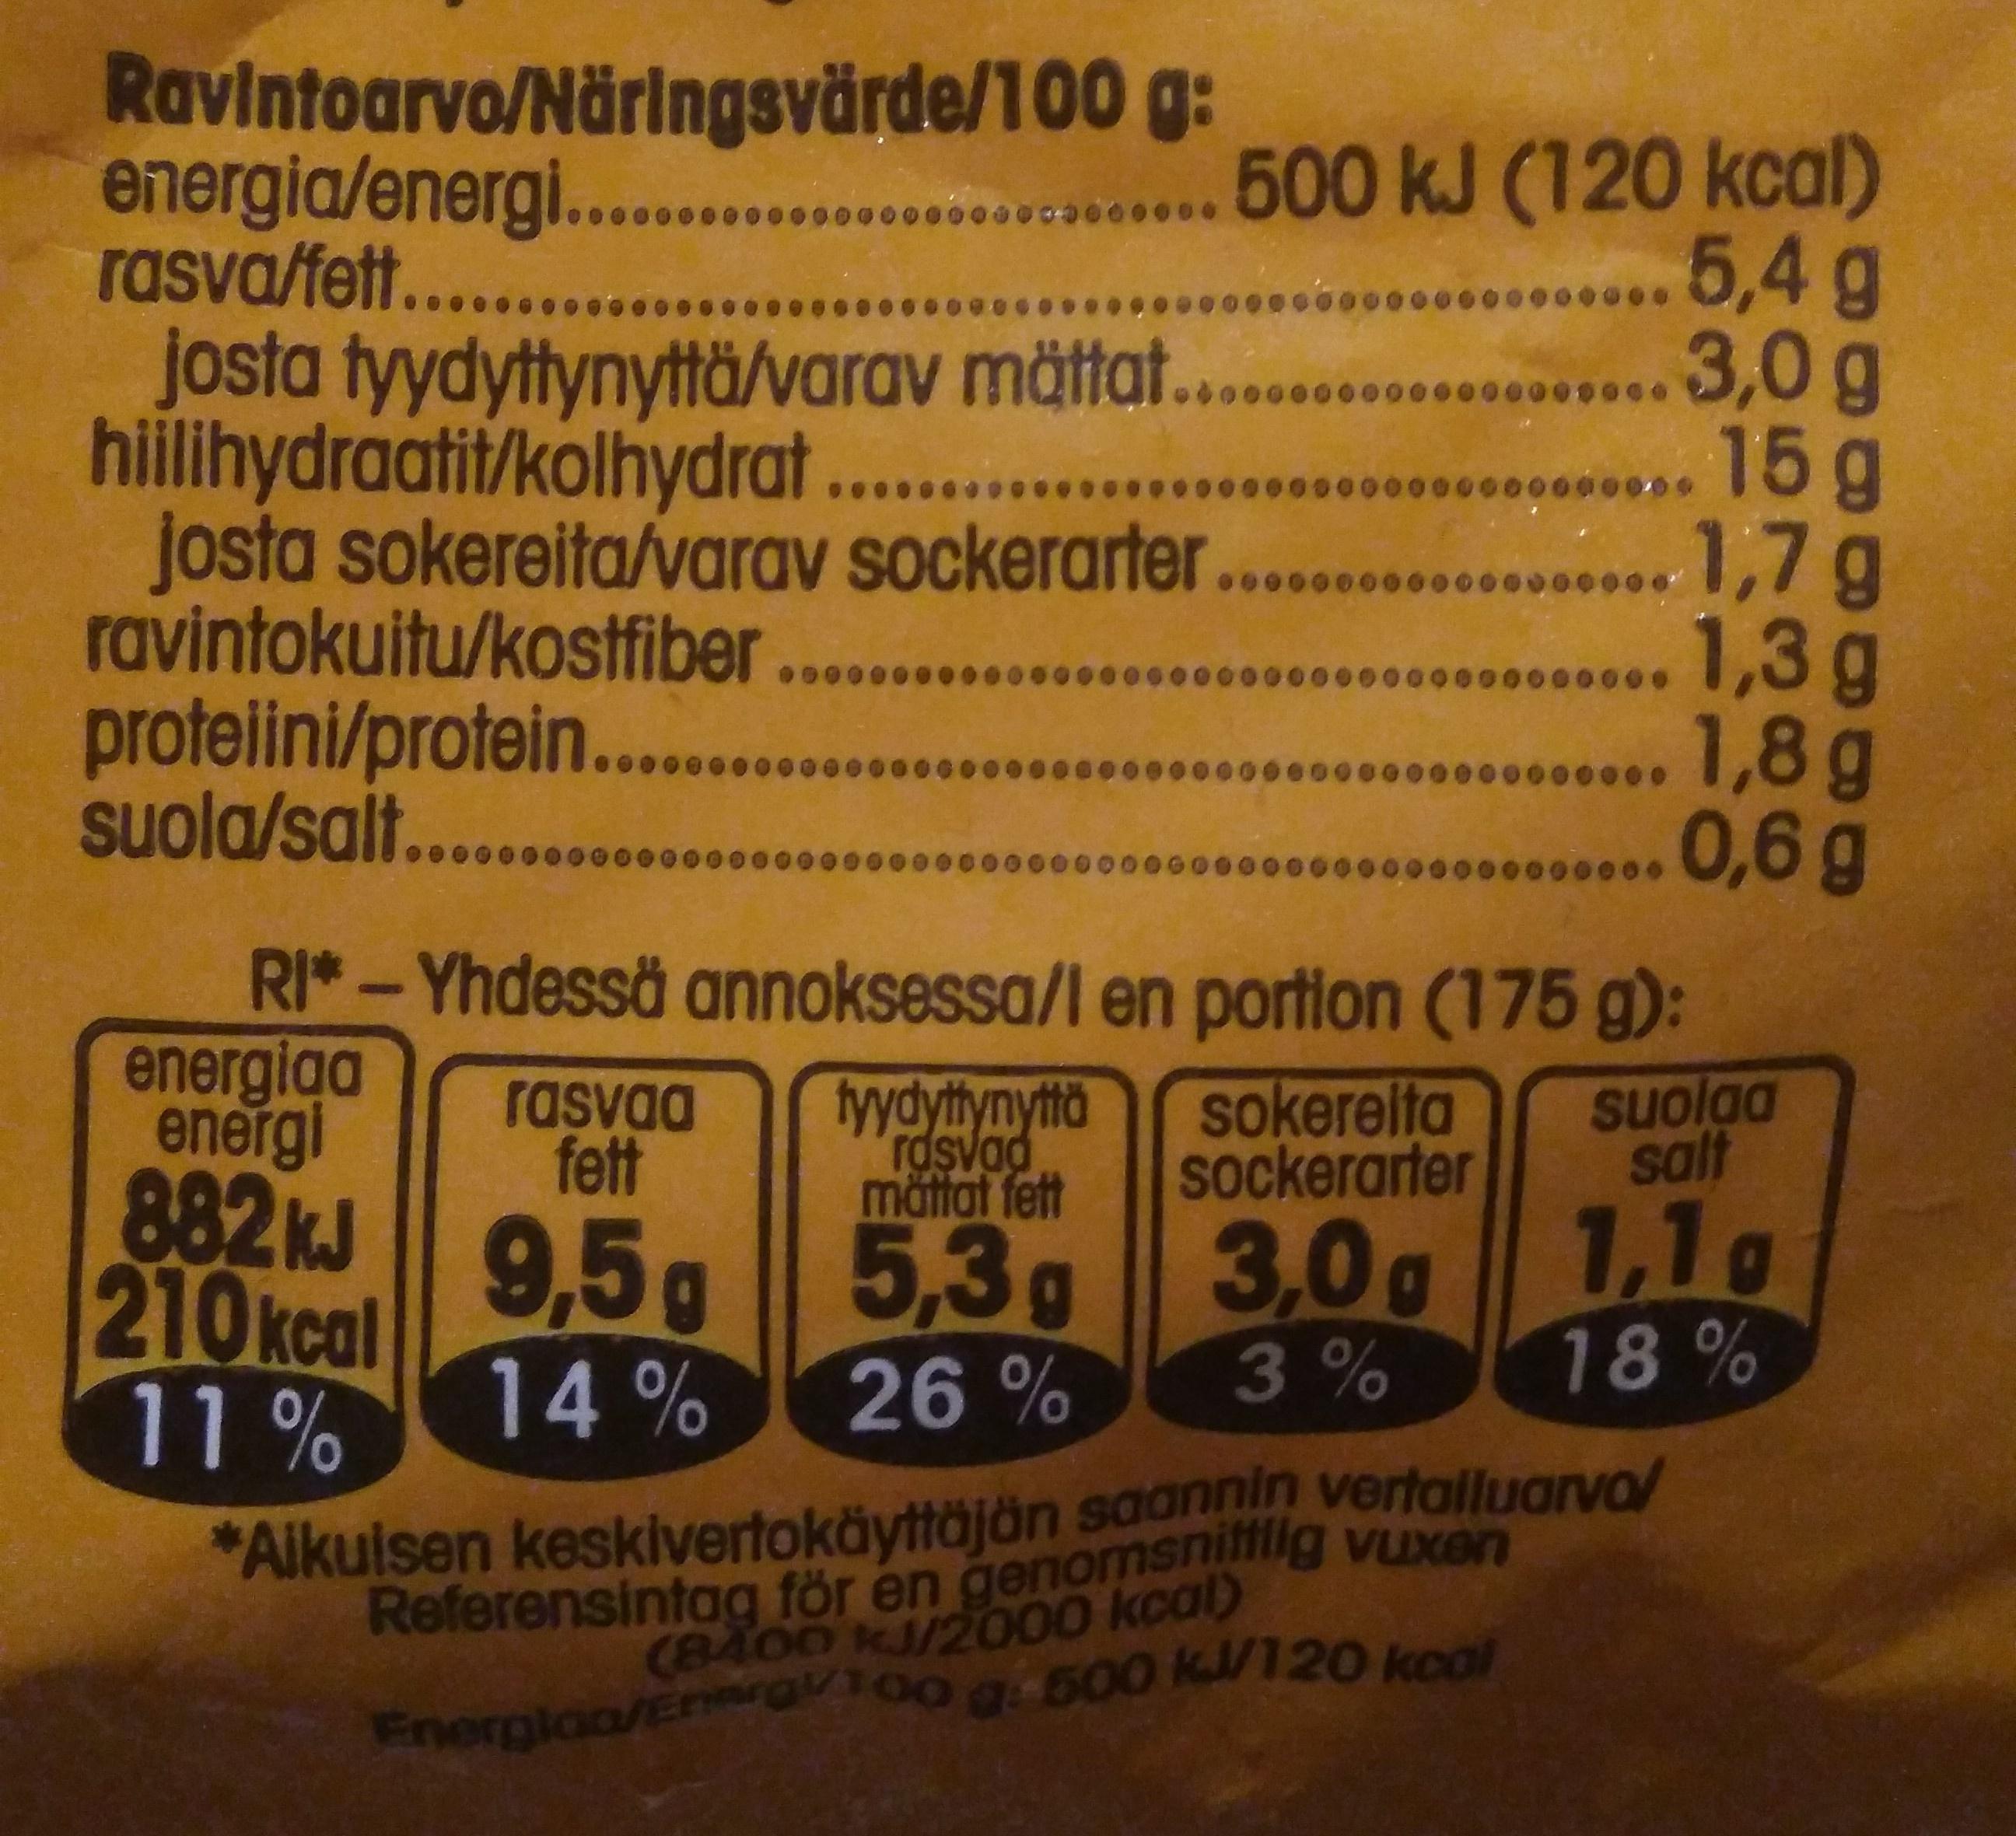
Ravintoarvo/Näringsvärde/100 g: energia/energi..... rasva/fett..... josta tyydyttynyttä/varav mättat... hiilihydraatit/kolhydrat. .. josta sokereita/varav sockerarter..............00,/g ravintokuitu/kostfiber ........ proteiini/protein... suola/salt.
.....500 kJ (120 kcal) ...5,4 g ...3,0g ...15 g ...1,7g ... 1,3 g 1,8g 0,6g
G0 00
0000000000000000000
000000000000000000000000000000000000000000000
000000000000000000000000G00000000
00000000e
RI*-Yhdessä annoksessa/l en portion (175 g): energiga energi 882KJ 210kcal 11%
rasvaa fett
tyydyttynyttä rdsvad mättat fett
sokerelta sockerarter
Suolaa salt
9,5g 5,3g 1,1g 18%
3,0 g
14%
26%
3%
Referensintag för en genomsnitfflig vuxen (8400 kJ/2000 kcal)
*Alkuisen keskivertokäyttäjän saannin vertalluarvo/
Energlaa/Enera/100 g:500 kJ/120 kcal